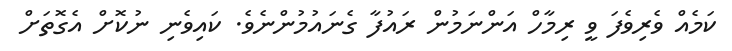
ކަމެއް ވެރިވެފަ ވީ ރިމާހް އަންނަމުން ރައުފާ ގެނައުމުންނެވެ. ކައިވެނި ނުކޮށް އެގޮތަށް